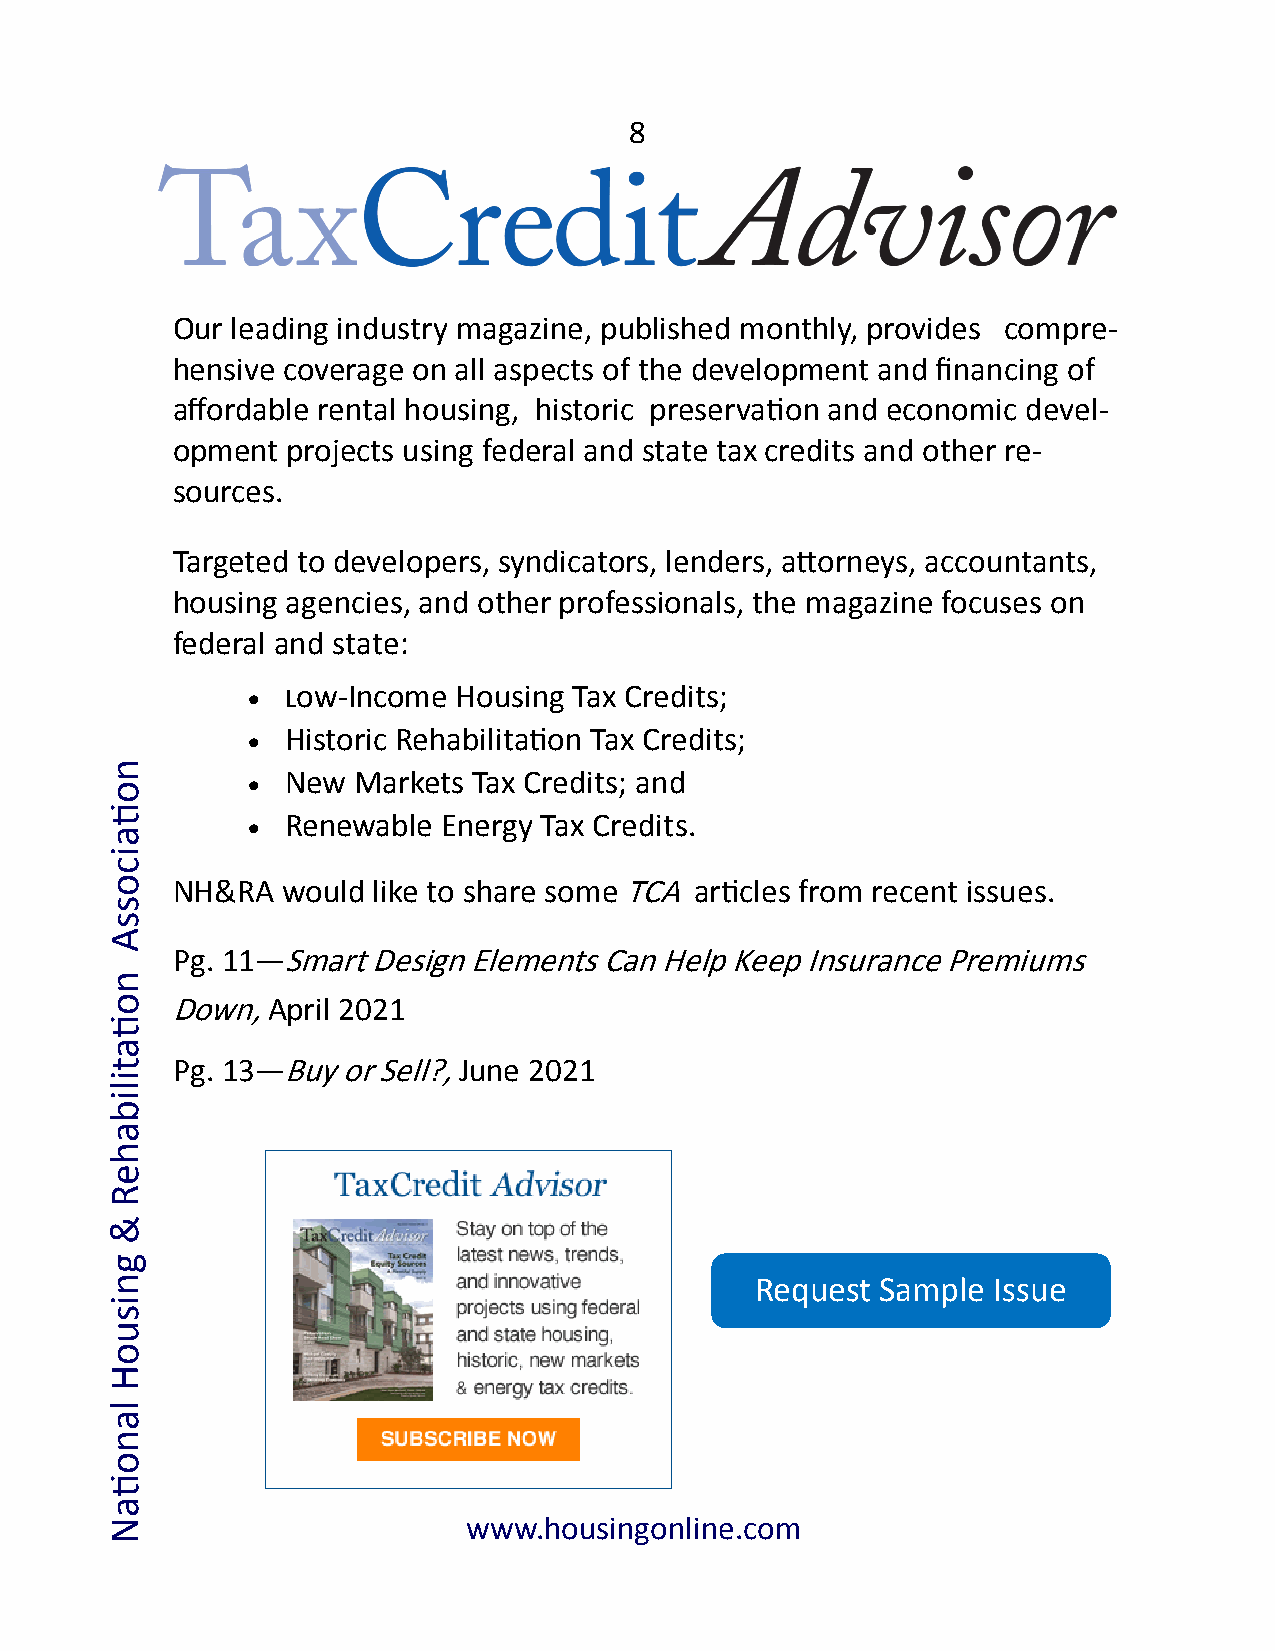
8
 Our leading industry magazine, published monthly, provides compre-
 hensive coverage on all aspects of the development and financing of
 affordable rental housing, historic preservation and economic devel-
 opment  projects using federal and state tax credits and other re-
 sources.
 Targeted to developers, syndicators, lenders, attorneys, accountants,
 housing agencies, and other professionals, the magazine focuses on
 federal and state:
 •  Low-Income Housing Tax Credits;
 •  Historic Rehabilitation Tax Credits;
 n
 •  New Markets Tax Credits; and
 o
 ti
 •  Renewable Energy Tax Credits.
 a
 i
 c
 o   NH&RA   would like to share some TCA articles from recent issues.
 s
 s
 A
 Pg. 11—Smart  Design Elements Can Help Keep Insurance Premiums
 n
 o   Down,  April 2021
 ti
 a
 t   Pg. 13—Buy  or Sell?, June 2021
 i
 l
 i
 b
 a
 h
 e
 R
 &
 g
 n                                          Request Sample  Issue
 i
 s
 u
 o
 H
 l
 a
 n
 o
 ti
 a
 N                       www.housingonline.com